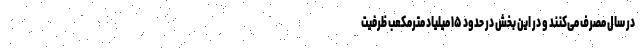
در سال مصرف می‌کنند و در این بخش در حدود ۱۵ میلیاد مترمکعب ظرفیت